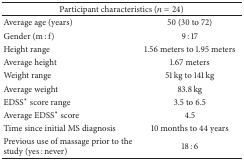
<table><thead><tr><td colspan="2"><b>Participant characteristics (<i>n</i> = 24)</b></td></tr></thead><tbody><tr><td>Average age (years)</td><td>50 (30 to 72)</td></tr><tr><td>Gender (m : f)</td><td>9 : 17</td></tr><tr><td>Height range</td><td>1.56 meters to 1.95 meters </td></tr><tr><td>Average height</td><td>1.67 meters </td></tr><tr><td>Weight range</td><td>51 kg to 141 kg </td></tr><tr><td>Average weight</td><td>83.8 kg </td></tr><tr><td>EDSS* score range</td><td>3.5 to 6.5</td></tr><tr><td>Average EDSS* score</td><td>4.5</td></tr><tr><td>Time since initial MS diagnosis</td><td>10 months to 44 years</td></tr><tr><td>Previous use of massage prior to the study (yes : never)</td><td>18 : 6</td></tr></tbody></table>